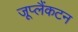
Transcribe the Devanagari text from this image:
जूप्लैंकटन